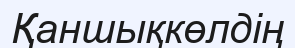
Қаншықкөлдің